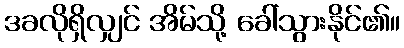
ဒခလိုရှိလျှင် အိမ်သို့ ခေါ်သွားနိုင်၏။